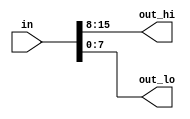
// https://hdlbits.01xz.net/wiki/Vector1

`default_nettype none     // Disable implicit nets. Reduces some types of bugs.
module top_module(
    input wire [15:0] in,
    output wire [7:0] out_hi,
    output wire [7:0] out_lo );

    assign {out_hi, out_lo} = in;
endmodule